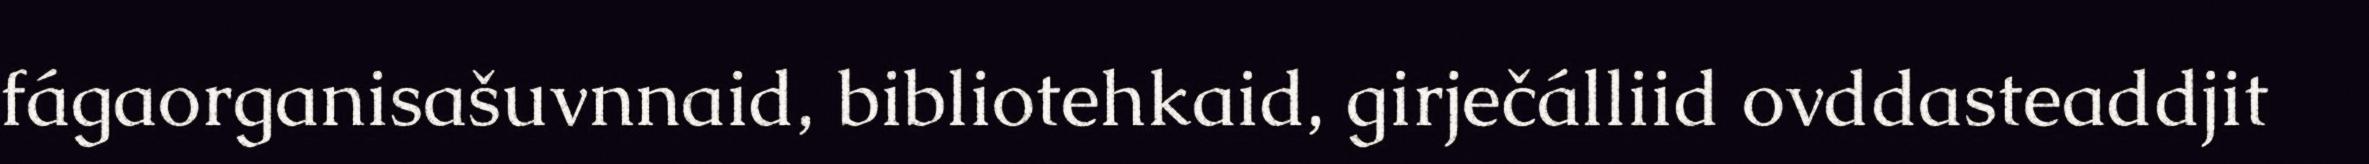
fágaorganisašuvnnaid, bibliotehkaid, girječálliid ovddasteaddjit